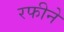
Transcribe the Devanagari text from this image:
रफीने